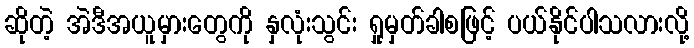
ဆိုတဲ့ အဲဒီအယူမှားတွေကို နှလုံးသွင်း ရှုမှတ်ခါစဖြင့် ပယ်နိုင်ပါသလားလို့